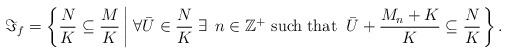
LaTeX: \begin{align*} \Im _{f} =\left\{\frac{N}{K} \subseteq \frac{M}{K} \left|\;\forall \bar{U}\in \frac{N}{K}\; \exists\; \, n\in {\mathbb Z}^{+} \, \, {\rm such\; that\; \; }\bar{U}+\frac{M_{n} +K}{K} \subseteq \frac{N}{K} \right. \right\}.\end{align*}